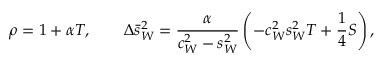
\rho = 1 + \alpha T , \qquad \Delta \bar { s } _ { W } ^ { 2 } = { \frac { \alpha } { c _ { W } ^ { 2 } - s _ { W } ^ { 2 } } } \left( - c _ { W } ^ { 2 } s _ { W } ^ { 2 } T + { \frac { 1 } { 4 } } S \right) ,